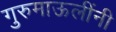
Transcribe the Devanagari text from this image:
गुरुमाऊलींनी